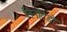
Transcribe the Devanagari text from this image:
निनटिंडो